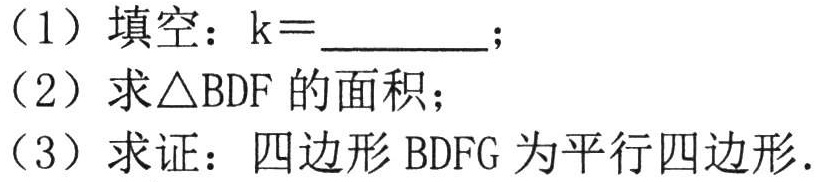
（1）填空：\(k = \_\_\_\_\_\)；
（2）求\(\triangle BDF\)的面积；
（3）求证：四边形\(BDFG\)为平行四边形.